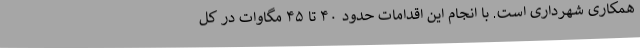
همکاری شهرداری است. با انجام این اقدامات حدود ۴۰ تا ۴۵ مگاوات در کل